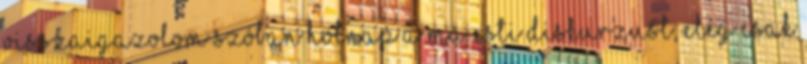
visszaigazolom szóban holnap a ma esti diskurzust, elég csak